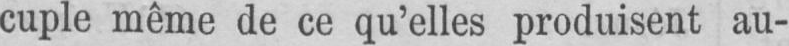
cuple même de ce qu’elles produisent au-